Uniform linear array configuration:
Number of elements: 8
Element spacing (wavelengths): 0.5
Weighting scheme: hann
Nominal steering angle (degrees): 60
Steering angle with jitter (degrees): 58.774
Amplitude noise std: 0.05
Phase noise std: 0.05

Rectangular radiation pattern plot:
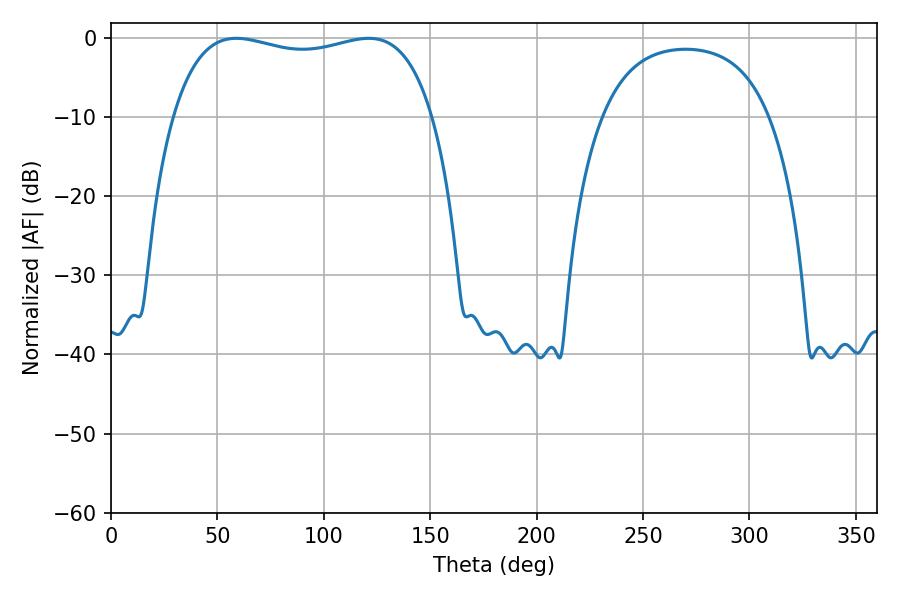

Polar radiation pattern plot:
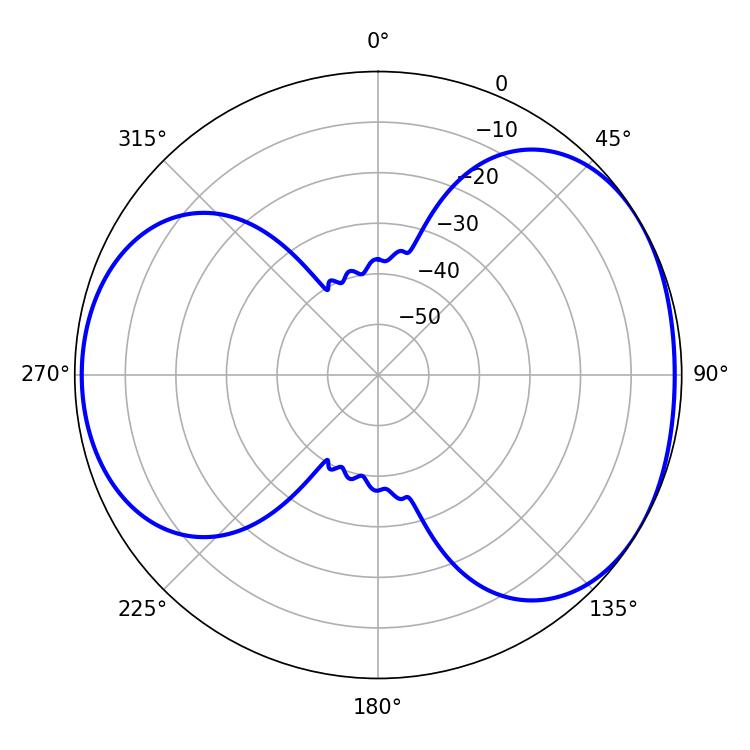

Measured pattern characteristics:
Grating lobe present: FALSE
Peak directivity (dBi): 4.47
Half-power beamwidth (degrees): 99.36
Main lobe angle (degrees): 58.86